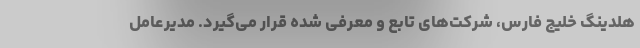
هلدینگ خلیج فارس، شرکت‌های تابع و معرفی شده قرار می‌گیرد. مدیرعامل